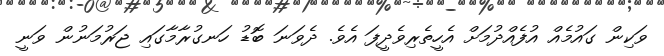
ވަކިން ގައުމެއް އުފެއްދުމަށް އެހީތެރިވެދީފަ އެވެ. ދެވަނަ ބޮޑު ހަނގުރާމާގައި ޖަރުމަނުން ވަނީ